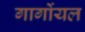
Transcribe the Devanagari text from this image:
गार्गोयल